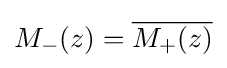
M_{-}(z)={\overline {M_{+}(z)}}